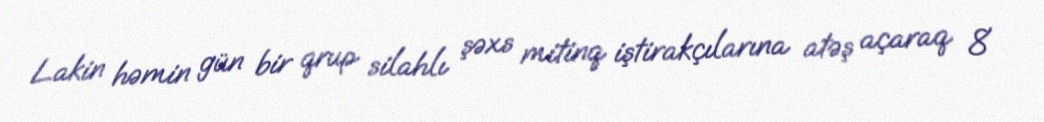
Lakin həmin gün bir qrup silahlı şəxs mitinq iştirakçılarına atəş açaraq 8